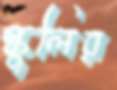
স্কুলির